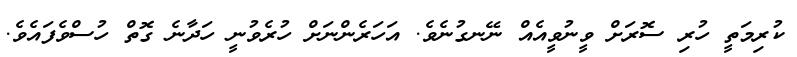
ކުރިމަތީ ހުރި ސޮރަށް ވީނުވީއެއް ނޭނގުނެވެ. އަހަރެންނަށް ހުރެވުނީ ހަދާނެ ގޮތް ހުސްވެފައެވެ.